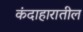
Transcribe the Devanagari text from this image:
कंदाहारातील